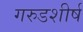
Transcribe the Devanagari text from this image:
गरुडशीर्ष